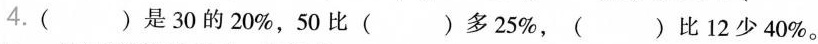
4.( )是30的20%，50比( )多25%，( )比12少40%。